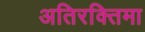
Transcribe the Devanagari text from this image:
अतिरक्तिमा